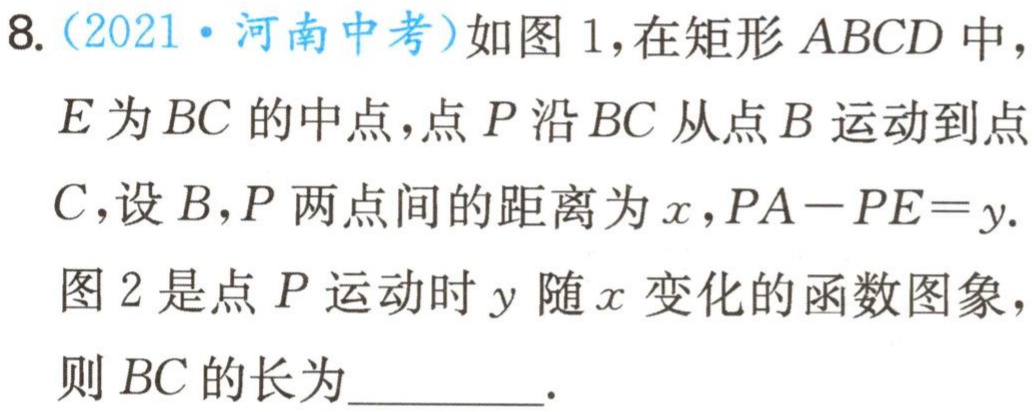
8.（2021·河南中考）如图1，在矩形 \(ABCD\) 中，

\(E\)为 \(BC\) 的中点，点 \(P\) 沿 \(BC\) 从点 \(B\) 运动到点

\(C\)，设 \(B，P\) 两点间的距离为 \(x\)，\(PA - PE=y\).

图2是点 \(P\) 运动时 \(y\) 随 \(x\) 变化的函数图象，

则 \(BC\) 的长为_________.